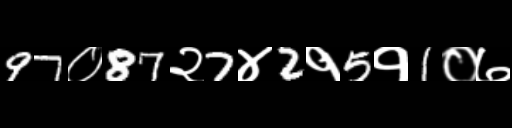
Text: 97०87२7४2१5१1०७